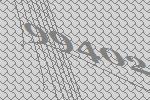
99402